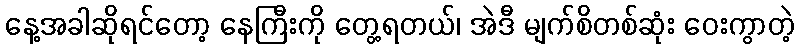
နေ့အခါဆိုရင်တော့ နေကြီးကို တွေ့ရတယ်၊ အဲဒီ မျက်စိတစ်ဆုံး ဝေးကွာတဲ့